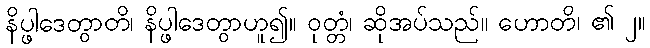
နိပ္ဖါဒေတွာတိ၊ နိပ္ဖါဒေတွာဟူ၍။ ဝုတ္တံ၊ ဆိုအပ်သည်။ ဟောတိ၊ ၏ ၂။